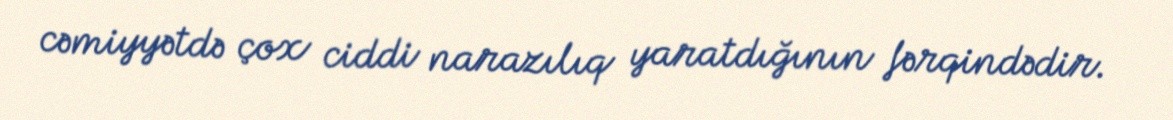
cəmiyyətdə çox ciddi narazılıq yaratdığının fərqindədir.